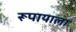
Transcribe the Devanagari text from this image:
रूपायाला